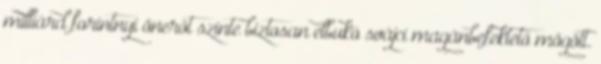
milliárd forintnyi önerőt szinte biztosan elbukó svájci magánbefektető mögött.